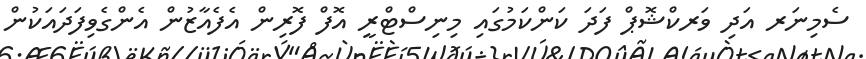
ސެމިނަރ އަދި ވަރކްޝޮޕް ފަދަ ކަންކަމުގައި މިނިސްޓްރީ އޮފް ފޮރިން އެފެއާޒުން އެންގެވިފަދައަކުން